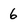
Character: 6